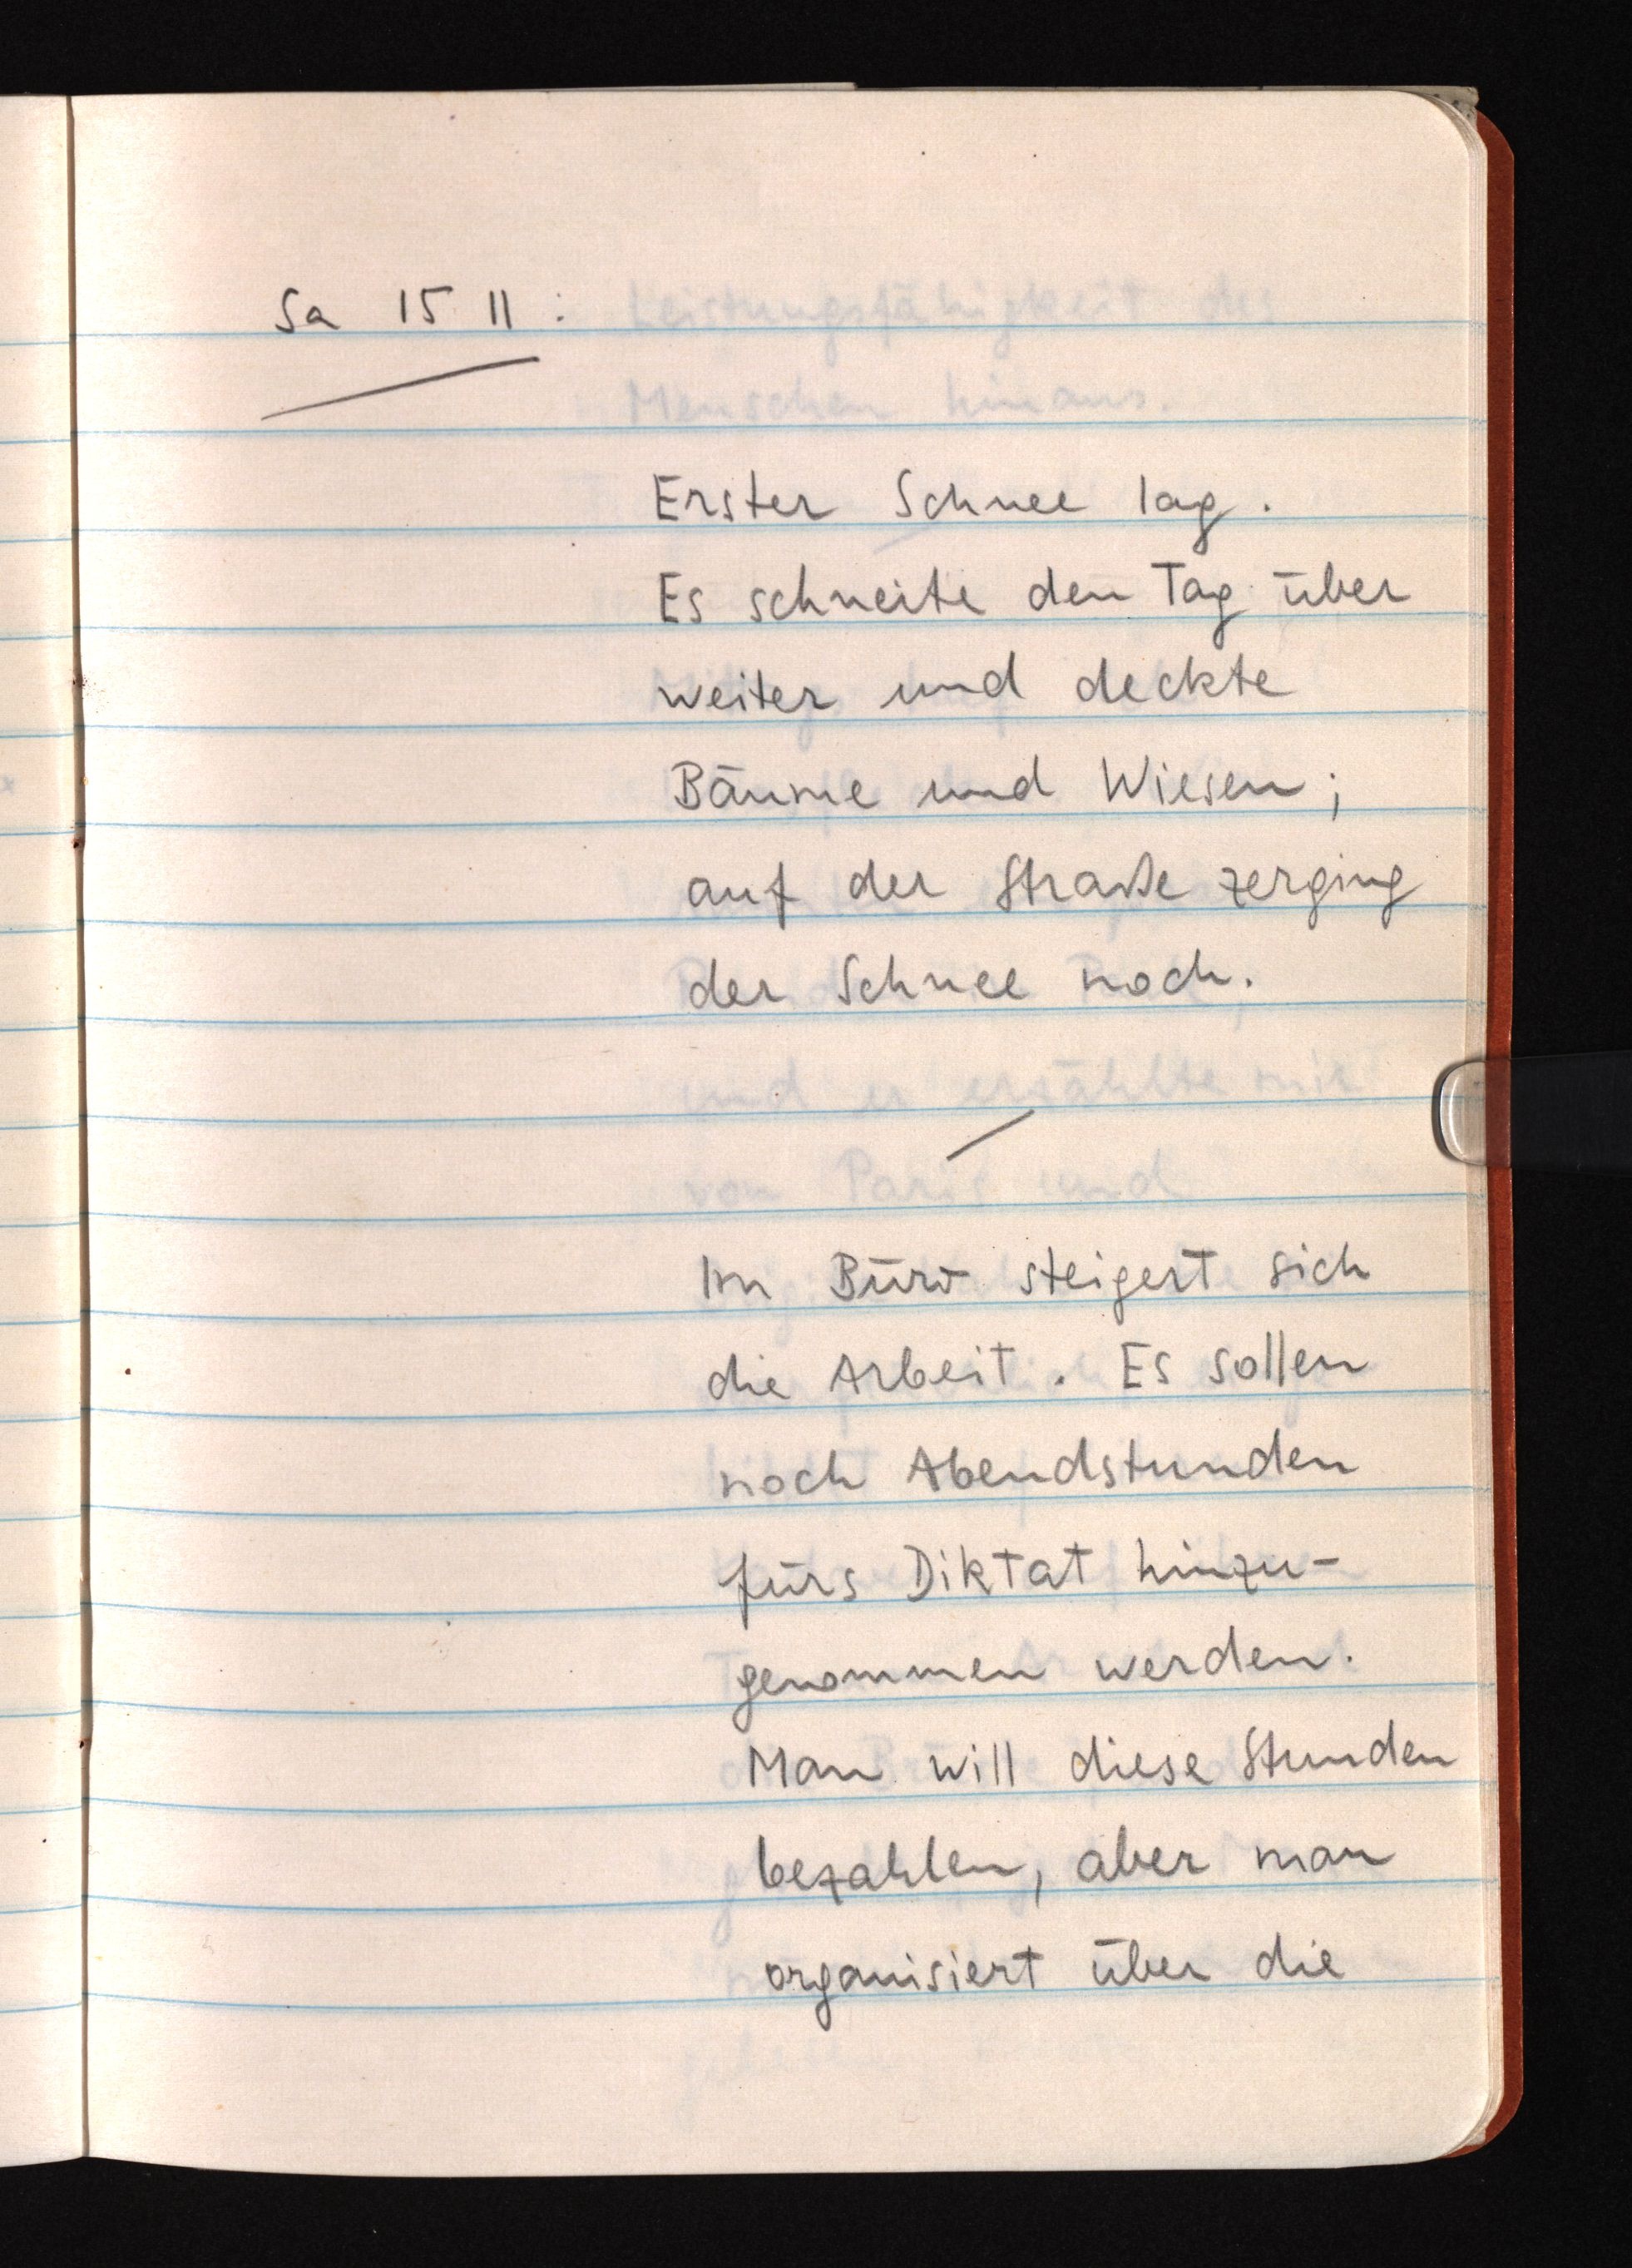
Sa 15 11:
Erster Schnee lag.
Es schneite den Tag über
weiter und deckte
Bäume und Wiesen;
auf der Straße zerging
der Schnee noch.
Im Büro steigert sich
die Arbeit. Es sollen
noch Abendstunden
fürs Diktat hinzu¬
genommen werden.
Man will diese Stunden
bezahlen, aber man
organisiert über die